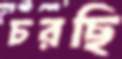
চরছি